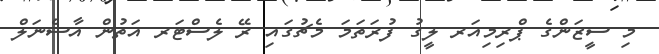
މި ސީޒަންގެ ޕްރިމިއަރ ލީގު ފުރަތަމަ މެޗުގައި ރޭ ލެސްޓަރ އަތުން އާސެނަލް